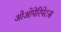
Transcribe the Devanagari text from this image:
ओओपेरिपेटस